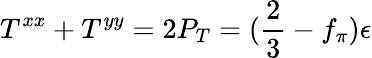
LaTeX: T^{xx}+T^{yy}=2P_{T}=(\frac{2}{3}-f_{\pi})\epsilon